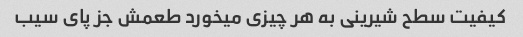
کیفیت سطح شیرینی به هر چیزی میخورد طعمش جز پای سیب